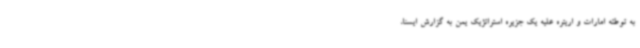
به توطئه امارات و اریتره علیه یک جزیره استراتژیک یمن به گزارش ایسنا،